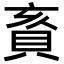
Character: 賌